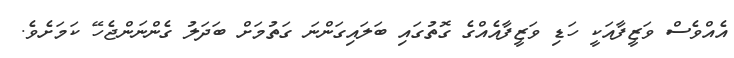
އެއްވެސް ވަޒީފާއަކީ ހަޑި ވަޒީފާއެއްގެ ގޮތުގައި ބަލައިގަންނަ ގަތުމަށް ބަދަލު ގެންނަންޖެހޭ ކަމަށެވެ.